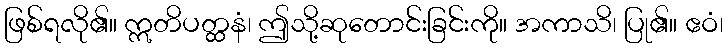
ဖြစ်ရလို၏။ ဣတိပတ္ထနံ၊ ဤသို့ဆုတောင်းခြင်းကို။ အကာသိ၊ ပြု၏။ ဧဝံ၊